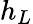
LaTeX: h_{L}